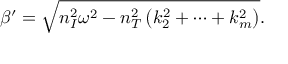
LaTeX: \beta ^ { \prime } = \sqrt { n _ { I } ^ { 2 } \omega ^ { 2 } - n _ { T } ^ { 2 } \left( k _ { 2 } ^ { 2 } + \cdots + k _ { m } ^ { 2 } \right) } .